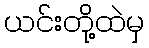
ယင်းတို့ထဲမှ